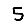
Digit: 5